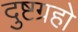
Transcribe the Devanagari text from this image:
दुष्टग्रहो